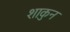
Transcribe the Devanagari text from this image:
शाकुन